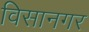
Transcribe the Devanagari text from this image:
विसानगर